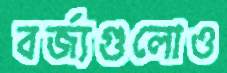
বর্জ্যগুলোও